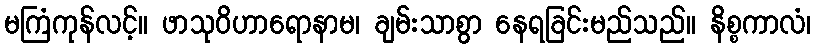
မကြံကုန်လင့်။ ဖာသုဝိဟာရောနာမ၊ ချမ်းသာစွာ နေရခြင်းမည်သည်။ နိစ္စကာလံ၊